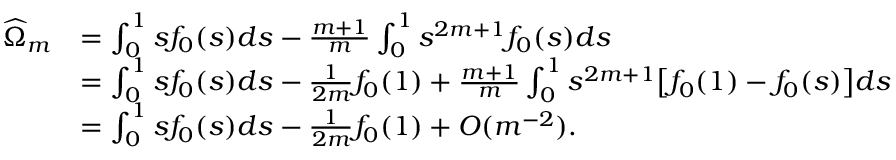
\begin{array} { r l } { \widehat { \Omega } _ { m } } & { = \int _ { 0 } ^ { 1 } s f _ { 0 } ( s ) d s - \frac { m + 1 } { m } \int _ { 0 } ^ { 1 } s ^ { 2 m + 1 } f _ { 0 } ( s ) d s } \\ & { = \int _ { 0 } ^ { 1 } s f _ { 0 } ( s ) d s - \frac { 1 } { 2 m } f _ { 0 } ( 1 ) + \frac { m + 1 } { m } \int _ { 0 } ^ { 1 } s ^ { 2 m + 1 } \big [ f _ { 0 } ( 1 ) - f _ { 0 } ( s ) \big ] d s } \\ & { = \int _ { 0 } ^ { 1 } s f _ { 0 } ( s ) d s - \frac { 1 } { 2 m } f _ { 0 } ( 1 ) + O ( m ^ { - 2 } ) . } \end{array}